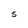
Character: S